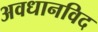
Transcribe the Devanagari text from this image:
अवधानविद